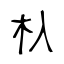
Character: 杁